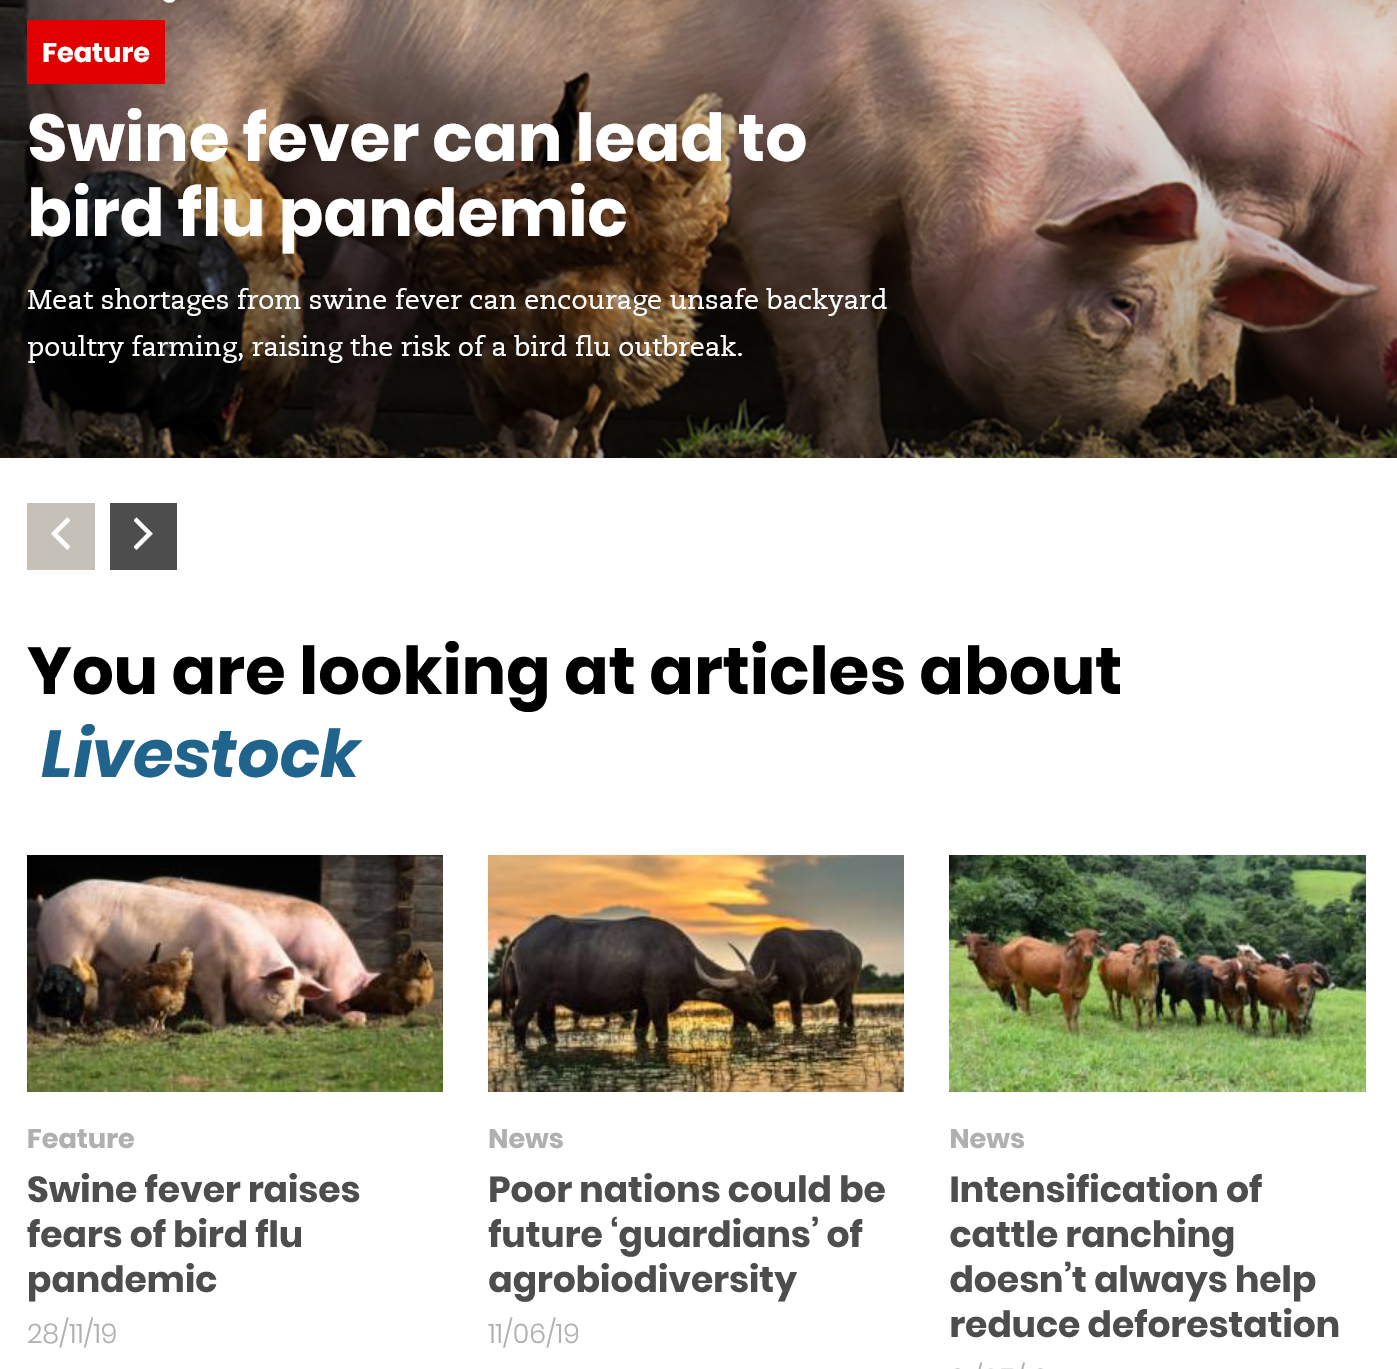
Swine    fever    can    lead'to
   bird    flapandemic
  You    are    looking    at    articles    about
   Livestock
  Feature
  28/n/19
  Swine fever   raises
  fears  of bird flu
  pandemic
     Poor  nations   could  be
     future  ‘guardians’   of
     agrobiodiversity
     T/o6/19
     News
     Intensification    of
     cattle  ranching
     doesn’t   always   help
     reduce   deforestation
     News
  Meat shortages from swine fever can
     a
     backyard
  poultry farming, raising the risk of a bird fluo
     2
     le
   Feature